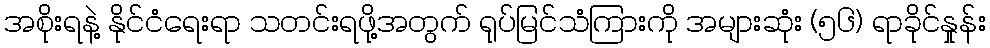
အစိုးရနဲ့ နိုင်ငံရေးရာ သတင်းရဖို့အတွက် ရုပ်မြင်သံကြားကို အများဆုံး (၅၆) ရာခိုင်နှုန်း